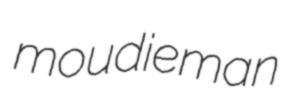
moudieman